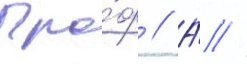
Про́ф // А́ //